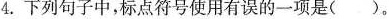
4.下列句子中，标点符号使用有误的一项是()。